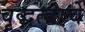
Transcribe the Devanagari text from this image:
वृद्धत्वाचे